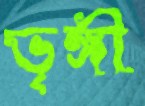
ভৃঙ্গী